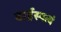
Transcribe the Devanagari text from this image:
बार्हस्पत्यं